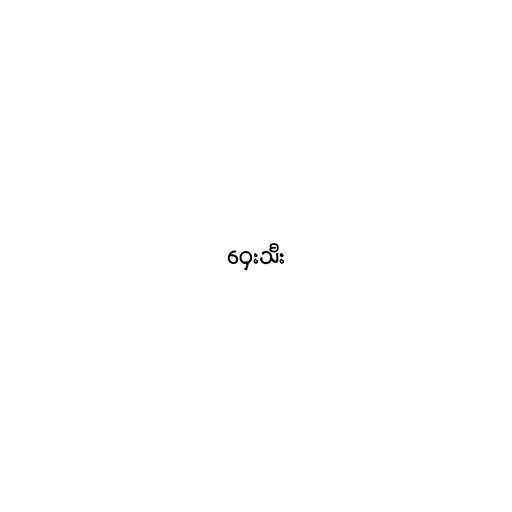
ဝှေးသီး